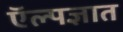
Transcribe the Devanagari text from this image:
ऍल्पज्ञात